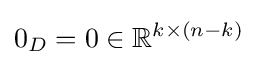
0_{D}=0\in \mathbb {R} ^{k\times (n-k)}